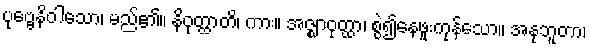
ပုဗ္ဗေနိဝါသော၊ မည်၏။ နိဝုတ္ထာတိ၊ ကား။ အဇ္ဈာဝုတ္ထာ၊ စွဲ၍နေဖူးကုန်သော။ အနုဘူတာ၊